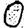
Digit: 0